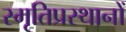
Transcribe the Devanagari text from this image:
स्मृतिप्रस्थानों